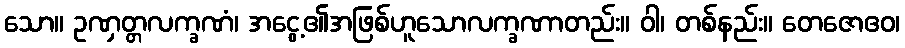
သော။ ဥဏှတ္တလက္ခဏံ၊ အငွေ့၏အဖြစ်ဟူသောလက္ခဏာတည်း။ ဝါ၊ တစ်နည်း။ တေဇောဧဝ၊